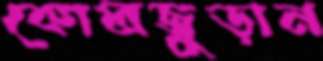
কোলজুড়ান